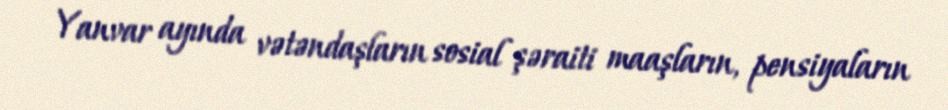
Yanvar ayında vətəndaşların sosial şəraiti maaşların, pensiyaların